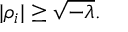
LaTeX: | \rho _ { i } | \geq \sqrt { - \lambda } .